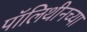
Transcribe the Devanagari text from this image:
पॉलिथीनच्या